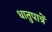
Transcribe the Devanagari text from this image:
धातुपात्रें